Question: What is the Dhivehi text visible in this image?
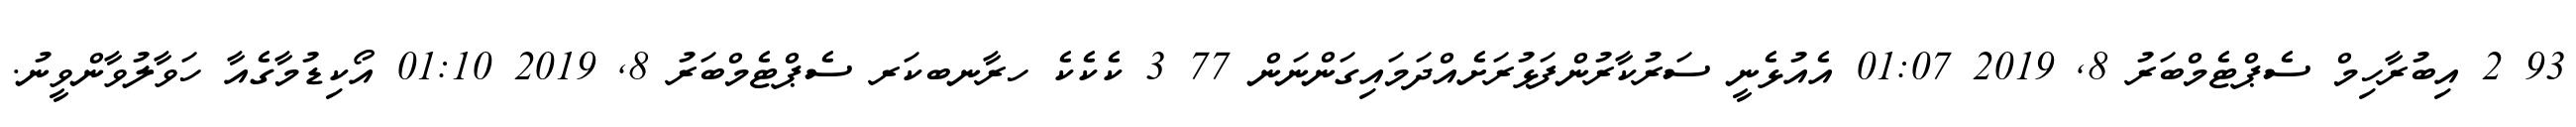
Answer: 93 2 އިބުރާހިމް ސެޕްޓެމްބަރު 8, 2019 01:07 އެއުޅެނީ ސަރުކާރުންފަޅުރަށެއްދަމައިގަންނަން 77 3 ކެކެކެ ހރާނބކަރ ސެޕްޓެމްބަރު 8, 2019 01:10 އޯކިޑުމާގެއާ ހަވާލުވާންވީނު.